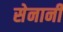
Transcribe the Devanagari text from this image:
सेनानीं